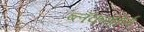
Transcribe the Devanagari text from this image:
ब्लॅकथॉर्न